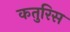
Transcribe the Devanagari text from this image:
कतुरिस